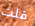
قلت